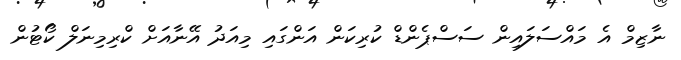
ނާޒިމް އެ މައްސަލައިން ސަސްޕެންޑް ކުރިކަން އަންގައި މިއަދު އޭނާއަށް ކްރިމިނަލް ކޯޓުން